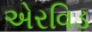
એરવિડ